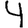
Digit: 4